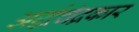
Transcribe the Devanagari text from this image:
अर्द्धचंद्रकार